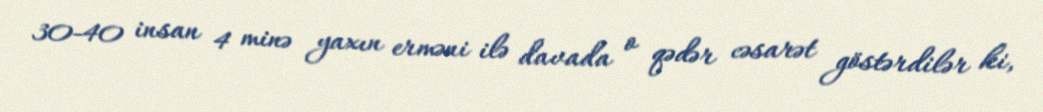
30-40 insan 4 minə yaxın erməni ilə davada o qədər cəsarət göstərdilər ki,